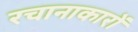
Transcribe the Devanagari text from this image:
रचानाकारों